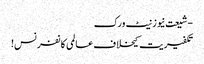
- شیعت نیوز نیٹ ورک
تکفیریت کیخلاف عالمی کانفرنس!